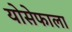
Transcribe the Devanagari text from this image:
योसेफाला